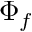
\Phi _ { f }